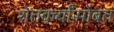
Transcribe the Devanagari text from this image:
शेतकर्यांसोबत